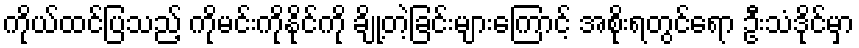
ကိုယ်ထင်ပြသည့် ကိုမင်းကိုနိုင်ကို ချို့တဲ့ခြင်းများကြောင့် အစိုးရတွင်ရော ဦးသံဒိုင်မှာ